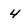
Character: 4